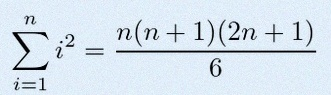
\sum_{i=1}^{n}i^2=\frac{n(n+1)(2n+1)}6